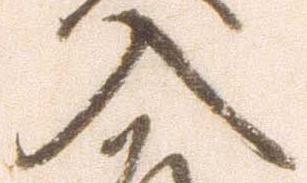
入